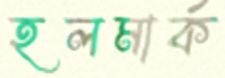
হলমার্ক